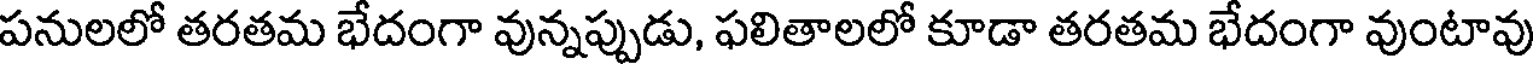
పనులలో తరతమ భేదంగా వున్నప్పుడు, ఫలితాలలో కూడా తరతమ భేదంగా వుంటావు